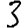
Digit: 3